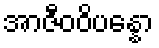
အာဇီဝဝိပန္နော